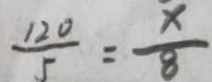
\frac { 1 2 0 } { 5 } = \frac { x } { 8 }